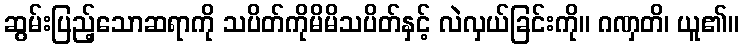
ဆွမ်းပြည့်သောဆရာကို သပိတ်ကိုမိမိသပိတ်နှင့် လဲလှယ်ခြင်းကို။ ဂဏှတိ၊ ယူ၏။